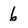
Character: 6